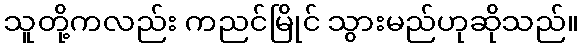
သူတို့ကလည်း ကညင်မြိုင် သွားမည်ဟုဆိုသည်။